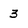
Character: 3